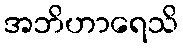
အဘိဟာရေသိ